Lunatic asylums Central Provinces reports 1910-1926 - 1910-1926
Year: 1910
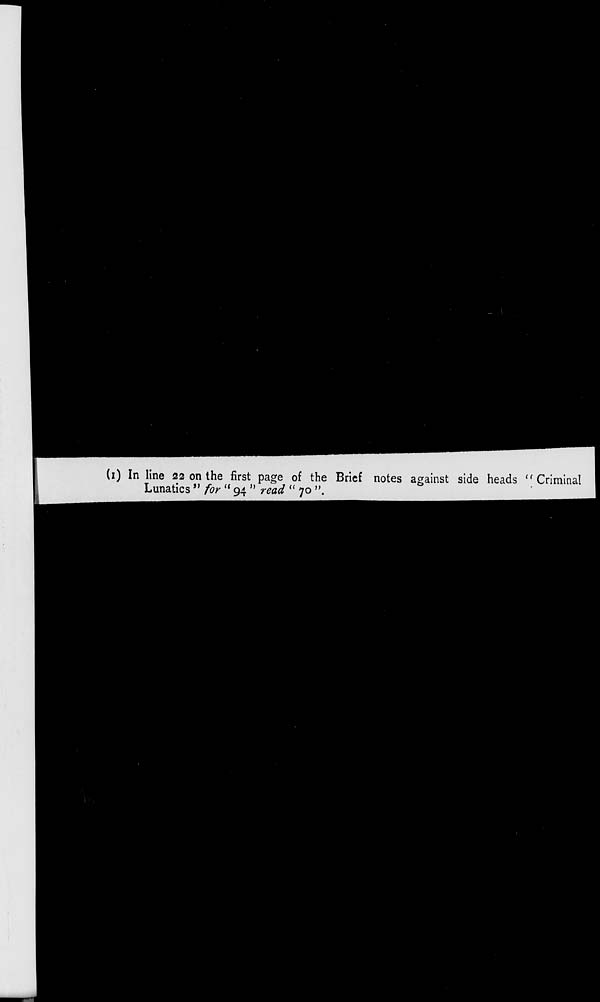
(1) In line 22 on the first page of the Brief notes against side heads "Criminal
Lunatics " for " 94 " read " 70 ".